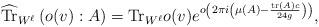
LaTeX: \begin{align*} \widehat{{\rm Tr}}_{W^\ell}\left(o(v):A\right)={\rm Tr}_{W^\ell}o(v)e^{o\left(2\pi i \left(\mu(A)-\frac{{\rm tr}(A)c}{24g} \right) \right)}, \end{align*}